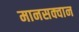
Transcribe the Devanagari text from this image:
मानसक्वान